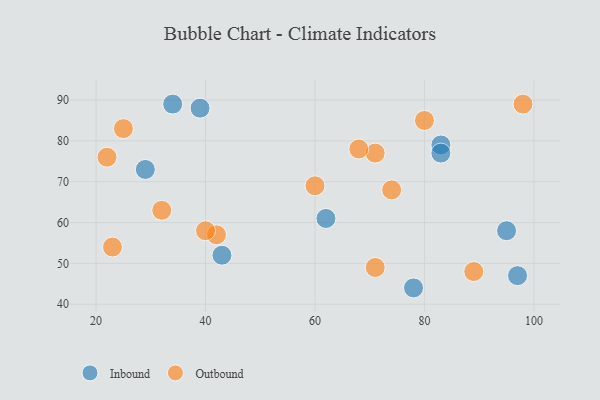
{"axis": {"x": "GDP", "y": "Life Expectancy"}, "legend": ["Inbound", "Outbound"], "data": [{"x": "95", "y": 58, "type": "Inbound"}, {"x": "39", "y": 88, "type": "Inbound"}, {"x": "83", "y": 79, "type": "Inbound"}, {"x": "29", "y": 73, "type": "Inbound"}, {"x": "78", "y": 44, "type": "Inbound"}, {"x": "43", "y": 52, "type": "Inbound"}, {"x": "83", "y": 77, "type": "Inbound"}, {"x": "62", "y": 61, "type": "Inbound"}, {"x": "34", "y": 89, "type": "Inbound"}, {"x": "97", "y": 47, "type": "Inbound"}, {"x": "71", "y": 77, "type": "Outbound"}, {"x": "42", "y": 57, "type": "Outbound"}, {"x": "74", "y": 68, "type": "Outbound"}, {"x": "23", "y": 54, "type": "Outbound"}, {"x": "68", "y": 78, "type": "Outbound"}, {"x": "40", "y": 58, "type": "Outbound"}, {"x": "98", "y": 89, "type": "Outbound"}, {"x": "32", "y": 63, "type": "Outbound"}, {"x": "60", "y": 69, "type": "Outbound"}, {"x": "80", "y": 85, "type": "Outbound"}, {"x": "89", "y": 48, "type": "Outbound"}, {"x": "25", "y": 83, "type": "Outbound"}, {"x": "71", "y": 49, "type": "Outbound"}, {"x": "22", "y": 76, "type": "Outbound"}]}